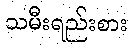
သမီးရည်းစား